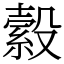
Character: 縠